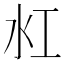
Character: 𬇔